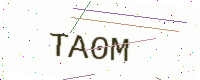
Text: TA0M